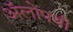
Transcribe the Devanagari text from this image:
ॲलोपथी